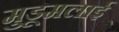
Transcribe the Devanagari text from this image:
मुडूमलाई